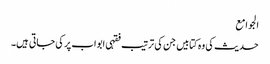
الجوامع
حدیث کی وہ کتابیں جن کی ترتیب فقہی ابواب پر کی جاتی ہیں۔